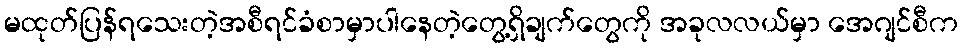
မထုတ်ပြန်ရသေးတဲ့အစီရင်ခံစာမှာပါနေတဲ့တွေ့ရှိချက်တွေကို အခုလလယ်မှာ အေဂျင်စီက